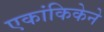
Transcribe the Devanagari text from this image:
एकांकिकेने